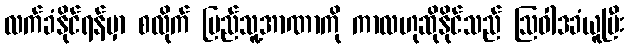
လက်ခံနိုင်ရန်မှာ စလိုက် ပြည်သူ့အာဏာကို ကာလဟုဆိုနိုင်သည် ဩဝါဒခံယူပြီး